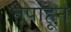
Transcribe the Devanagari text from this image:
तपाहून